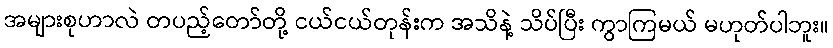
အများစုဟာလဲ တပည့်တော်တို့ ငယ်ငယ်တုန်းက အသိနဲ့ သိပ်ပြီး ကွာကြမယ် မဟုတ်ပါဘူး။